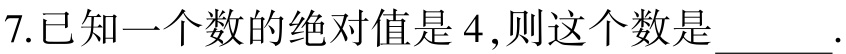
7.已知一个数的绝对值是 4,则这个数是____.